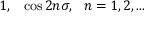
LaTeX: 1 , ~ ~ \cos 2 n \sigma , ~ ~ n = 1 , 2 , . . .